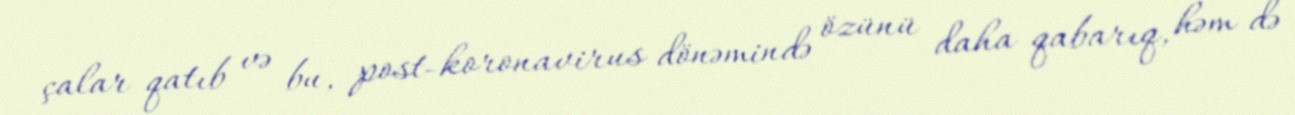
çalar qatıb və bu, post-koronavirus dönəmində özünü daha qabarıq, həm də